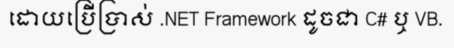
ដោយប្រើប្រាស់ .NET Framework ដូចជា C# ឬ VB.